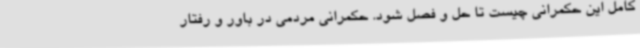
کامل این حکمرانی چیست تا حل و فصل شود. حکمرانی مردمی در باور و رفتار